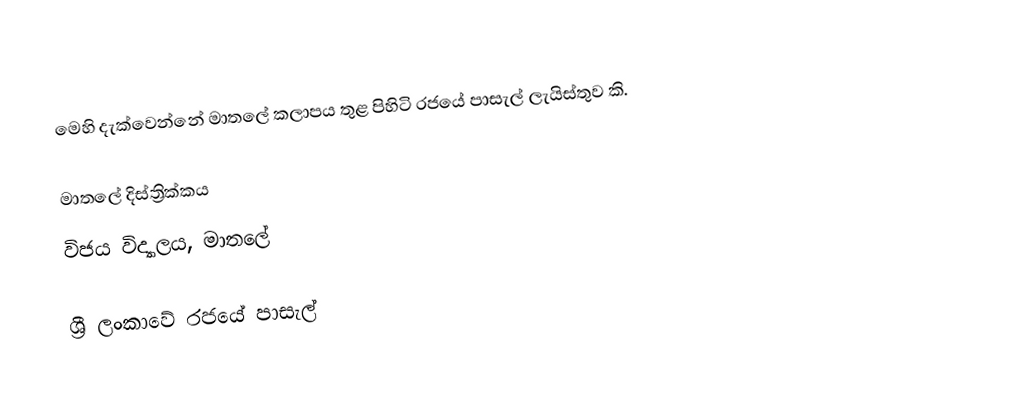
මෙහි දැක්වෙන්නේ මාතලේ කලාපය තුළ පිහිටි රජයේ පාසැල් ලැයිස්තුව කි.

මාතලේ දිස්ත්‍රික්කය
 විජය විද්‍යාලය, මාතලේ

ශ්‍රී ලංකාවේ රජයේ පාසැල්